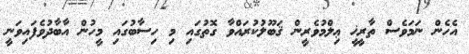
އެހެން ނަމަވެސް ތާރީޚީ ޢިލްމުވެރީން ޤަބޫލުކުރައްވާ ގޮތުގައި މި ހިސާބުގައި މީހުން އާބާދުވެފައިވަނީ